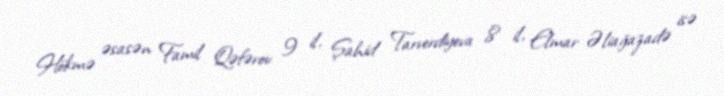
Hökmə əsasən Famil Qəfərov 9 il, Şahid Tarverdiyeva 8 il, Elmar Əliağazadə isə